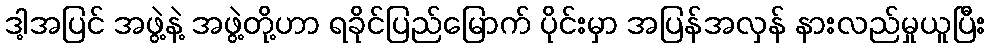
ဒါ့အပြင် အဖွဲ့နဲ့ အဖွဲ့တို့ဟာ ရခိုင်ပြည်မြောက် ပိုင်းမှာ အပြန်အလှန် နားလည်မှုယူပြီး